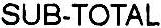
SUB-TOTAL